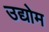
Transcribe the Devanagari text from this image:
उद्योम